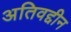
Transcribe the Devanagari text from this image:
अतिवद्दीन